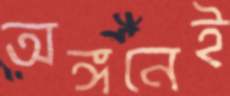
অঙ্গনেই